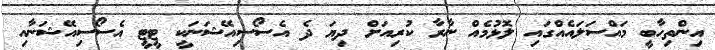
އިންތިހާބީ މައްސަލައެއްގައި ލޮޅުމެއް ނާރާ ކުރިއަށް ދިޔަ ދެ އެސޯސިއޭޝަނަކީ ޓީޓީ އެސޯސިއޭޝަނާއި